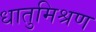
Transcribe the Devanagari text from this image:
धातुमिश्रण